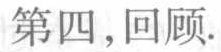
第四，回顾.